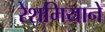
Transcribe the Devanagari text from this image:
रेशमियाने